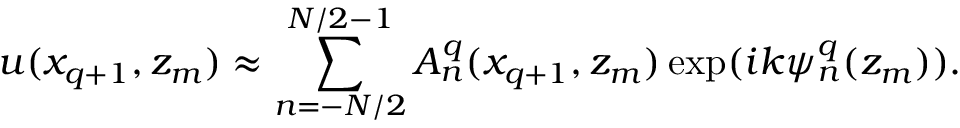
u ( x _ { q + 1 } , z _ { m } ) \approx \sum _ { n = - N / 2 } ^ { N / 2 - 1 } A _ { n } ^ { q } ( x _ { q + 1 } , z _ { m } ) \exp ( i k \psi _ { n } ^ { q } ( z _ { m } ) ) .